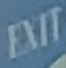
EXIT